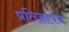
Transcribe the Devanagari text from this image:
प्रतिज्ञापन